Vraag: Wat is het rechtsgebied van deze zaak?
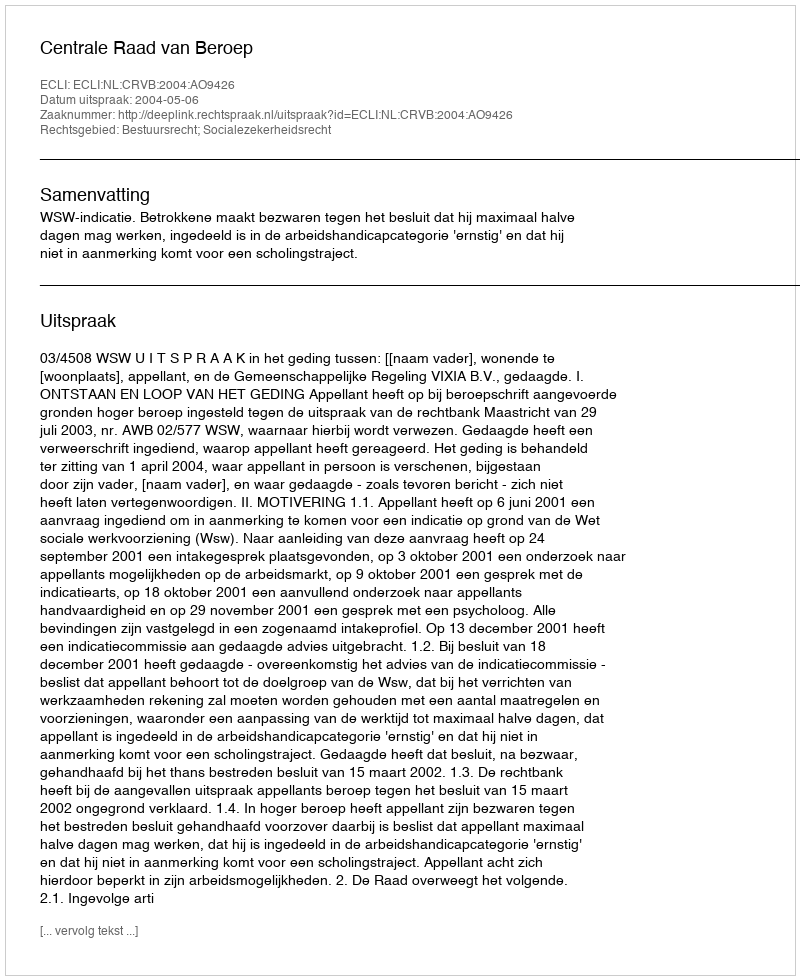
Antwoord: Bestuursrecht; Socialezekerheidsrecht